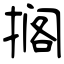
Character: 搁